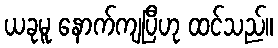
ယခုမူ နောက်ကျပြီဟု ထင်သည်။